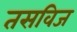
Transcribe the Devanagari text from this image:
तसविज